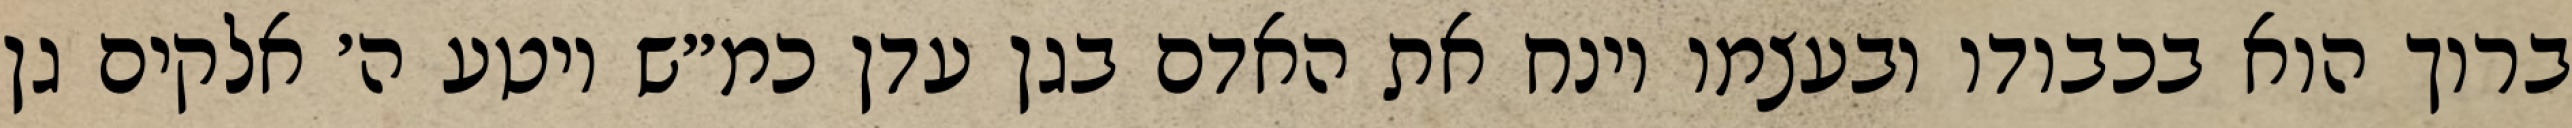
ברוך הוא בכבודו ובעצמו וינח את האדם בגן עדן כמ״ש ויטע ה׳ אלקים גן